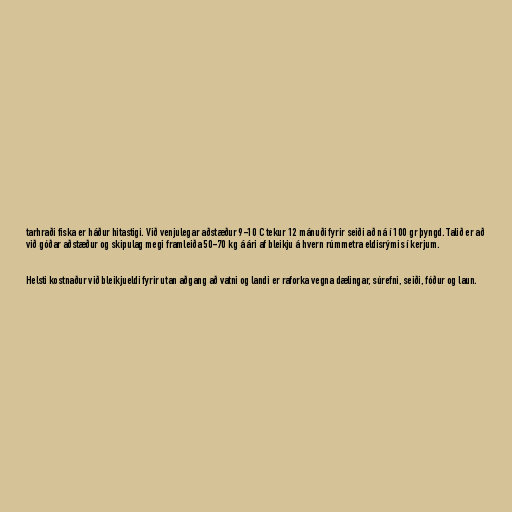
tarhraði fiska er háður hitastigi. Við venjulegar aðstæður 9-10 C tekur 12 mánuði fyrir seiði að ná í 100 gr þyngd. Talið er að
við góðar aðstæður og skipulag megi framleiða 50-70 kg á ári af bleikju á hvern rúmmetra eldisrýmis í kerjum.

Helsti kostnaður við bleikjueldi fyrir utan aðgang að vatni og landi er raforka vegna dælingar, súrefni, seiði, fóður og laun.